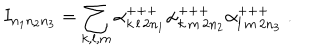
LaTeX: I _ { n _ { 1 } n _ { 2 } n _ { 3 } } = \sum _ { k , l , m } \alpha _ { k \, l \, 2 n _ { 1 } } ^ { + + + } \alpha _ { k \, m \, 2 n _ { 2 } } ^ { + + + } \alpha _ { l \, m \, 2 n _ { 3 } } ^ { + + + } \; .